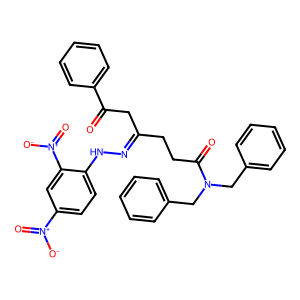
SMILES: O=C(CC(CCC(=O)N(Cc1ccccc1)Cc1ccccc1)=NNc1ccc([N+](=O)[O-])cc1[N+](=O)[O-])c1ccccc1
Inhibits HIV replication: No